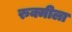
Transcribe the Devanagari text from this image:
रुक्मीला